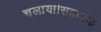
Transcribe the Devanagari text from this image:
चलाया।सहायक